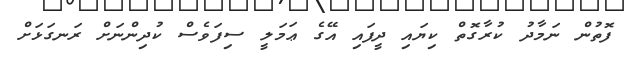
ފޮތުން ނަމާދު ކުރާގޮތް ކިޔައި ދީފައި އޭގެ ޢަމަލީ ސިފަވެސް ކުދިންނަށް ރަނގަޅަށް